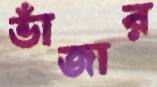
ভাঁজার